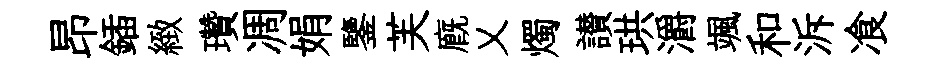
昂鍤緻瓚凋娟鑒芙廐乂燭讃珙灂颯和泝飡